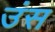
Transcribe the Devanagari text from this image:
उंस